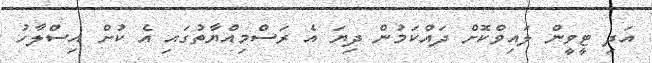
އަދި ޓީވީން ލައިވްކޮށް ދައްކަމުން ދިޔަ އެ ރަސްމިއްޔާތުގައި އެ ކުށް އިސްލާހު